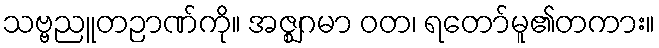
သဗ္ဗညူတဉာဏ်ကို။ အဇ္ဈဂမာ ဝတ၊ ရတော်မူ၏တကား။